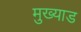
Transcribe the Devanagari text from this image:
मुख्याड